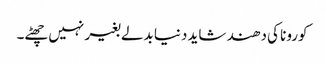
کورونا کی دھند شاید دنیا بدلے بغیر نہیں چھٹے۔